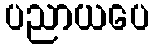
ပညာယပေ